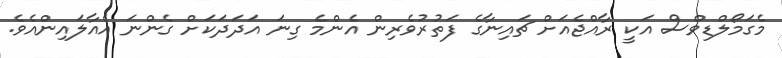
މެގަމޯލްޑިވްސް އަކީ ރާއްޖެއަށް ޗައިނާގެ ފަތުރުވެރިން އެންމެ ގިނަ އަދަދަކަށް ގެންނަ އެއާލައިންއެވެ.